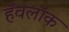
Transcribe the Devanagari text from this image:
हॅवलॉक